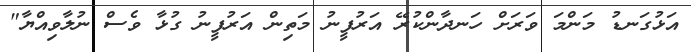
އަޅުގަނޑު މަންމަ ވަރަށް ހަނދާންކުރޭ އަރުފީނު މަތިން އަރުފީނު ގުޅާ ވެސް ނުލާވިއްޔާ"